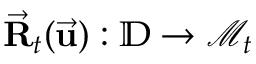
\vec { \bf R } _ { t } ( \vec { \bf u } ) : \mathbb { D } \rightarrow \mathcal { M } _ { t }